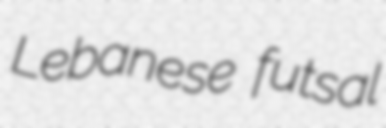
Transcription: Lebanese futsal